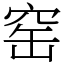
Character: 窑